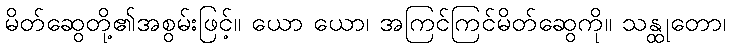
မိတ်ဆွေတို့၏အစွမ်းဖြင့်။ ယော ယော၊ အကြင်ကြင်မိတ်ဆွေကို။ သန္ထုတော၊